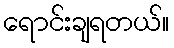
ရောင်းချရတယ်။